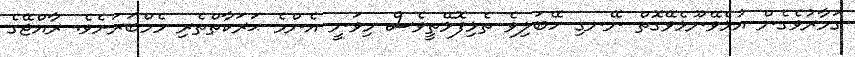
ގަމާރުވެގެން އުޅެވޭނޫޅެވޭގޮތް ނޭނގި ހޭބަލިވެ ތެޅިފޮޅޭތީވެސް މިވަނީ އެންމެ ޙަރަކާތްތެރި މެމްބަރަށެވެ. ރާއްޖޭގެ